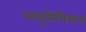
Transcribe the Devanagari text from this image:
अयुरोपियन